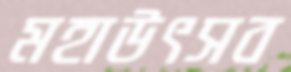
মহাউৎসব